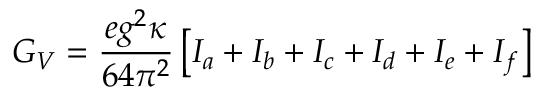
G _ { V } = \frac { e g ^ { 2 } \kappa } { 6 4 \pi ^ { 2 } } \left[ I _ { a } + I _ { b } + I _ { c } + I _ { d } + I _ { e } + I _ { f } \right]